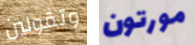
وتقولين مورتون